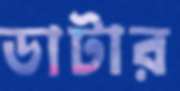
ডাটার